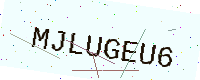
Text: MJLUGEU6